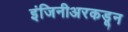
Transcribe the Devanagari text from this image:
इंजिनीअरकडून